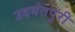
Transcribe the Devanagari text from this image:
उदयंतपुरी